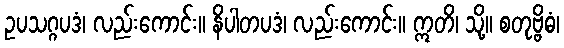
ဥပသဂ္ဂပဒံ၊ လည်းကောင်း။ နိပါတပဒံ၊ လည်းကောင်း။ ဣတိ၊ သို့။ စတုဗ္ဗိဓံ၊